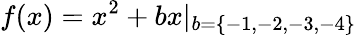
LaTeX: f(x)=x^{2}+bx|_{b=\{ -1,-2,-3,-4\} }